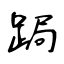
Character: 跼